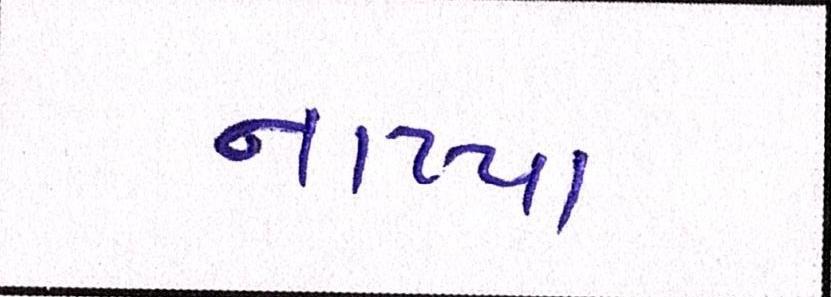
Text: નાખ્યા